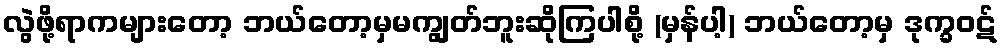
လွဲဖို့ရာကများတော့ ဘယ်တော့မှမကျွတ်ဘူးဆိုကြပါစို့ (မှန်ပါ့) ဘယ်တော့မှ ဒုက္ခဝဋ်